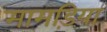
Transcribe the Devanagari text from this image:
मामड़िया